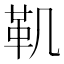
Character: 𩉜